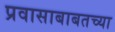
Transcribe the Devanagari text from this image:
प्रवासाबाबतच्या